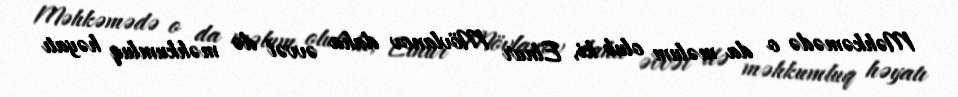
Məhkəmədə o da məlum olub ki, Elnur Mövlanov daha əvvəl də məhkumluq həyatı